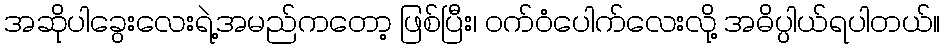
အဆိုပါခွေးလေးရဲ့အမည်ကတော့ ဖြစ်ပြီး၊ ဝက်ဝံပေါက်လေးလို့ အဓိပ္ပါယ်ရပါတယ်။